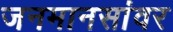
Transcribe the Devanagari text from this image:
जनमानसांवर